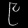
Digit: ၉